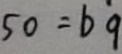
5 0 = b 9